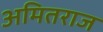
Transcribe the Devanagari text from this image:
अमितराज